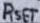
Text: RSET